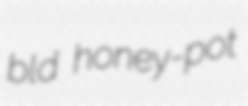
bld honey-pot